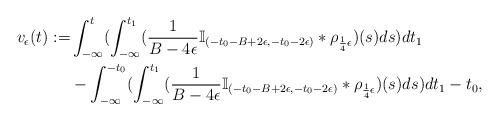
LaTeX: \begin{align*}v_\epsilon(t):=&\int_{-\infty}^{t}(\int_{-\infty}^{t_1}(\frac{1}{B-4\epsilon}\mathbb{I}_{(-t_0-B+2\epsilon,-t_0-2\epsilon)}*\rho_{\frac{1}{4}\epsilon})(s)ds)dt_1\\&-\int_{-\infty}^{-t_0}(\int_{-\infty}^{t_1}(\frac{1}{B-4\epsilon}\mathbb{I}_{(-t_0-B+2\epsilon,-t_0-2\epsilon)}*\rho_{\frac{1}{4}\epsilon})(s)ds)dt_1-t_0,\end{align*}